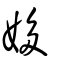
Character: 姼